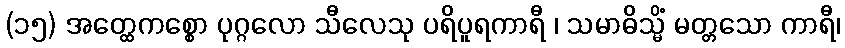
(၁၅) အတ္ထေကစ္စော ပုဂ္ဂလော သီလေသု ပရိပူရကာရီ ၊ သမာဓိသ္မိံ မတ္တသော ကာရီ၊